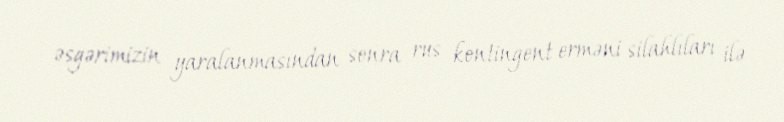
əsgərimizin yaralanmasından sonra rus kontingent erməni silahlıları ilə